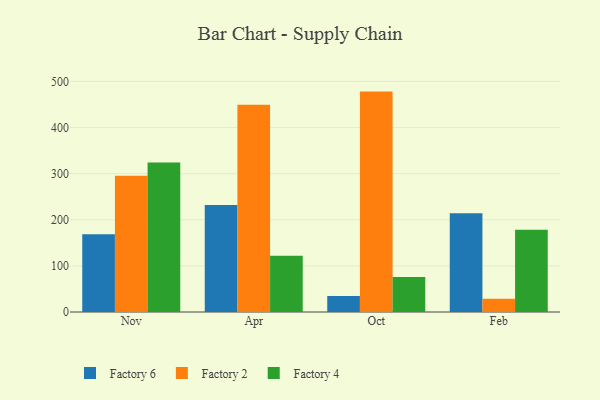
{"axis": {"x": "Month", "y": "Tickets Resolved"}, "legend": ["Factory 2", "Factory 4", "Factory 6"], "data": [{"x": "Nov", "y": 168.4, "type": "Factory 6"}, {"x": "Nov", "y": 295.5, "type": "Factory 2"}, {"x": "Nov", "y": 324.3, "type": "Factory 4"}, {"x": "Apr", "y": 232.1, "type": "Factory 6"}, {"x": "Apr", "y": 449.5, "type": "Factory 2"}, {"x": "Apr", "y": 122.1, "type": "Factory 4"}, {"x": "Oct", "y": 34.7, "type": "Factory 6"}, {"x": "Oct", "y": 477.9, "type": "Factory 2"}, {"x": "Oct", "y": 75.7, "type": "Factory 4"}, {"x": "Feb", "y": 214.2, "type": "Factory 6"}, {"x": "Feb", "y": 28.8, "type": "Factory 2"}, {"x": "Feb", "y": 178.2, "type": "Factory 4"}]}